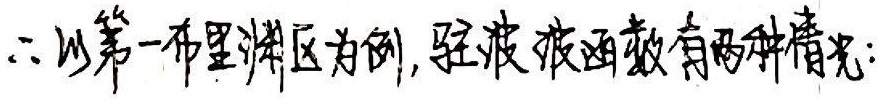
$\therefore$以第一布里渊区为例，驻波波函数有两种情况：